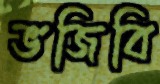
ভজিবি